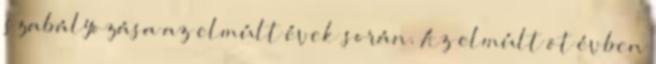
szabályozása az elmúlt évek során. Az elmúlt öt évben